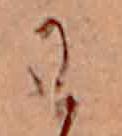
わ